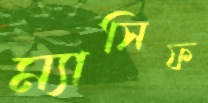
ম্যাসিফ